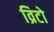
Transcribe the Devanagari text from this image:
व्रिटो